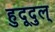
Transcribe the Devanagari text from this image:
हुदूदुल्